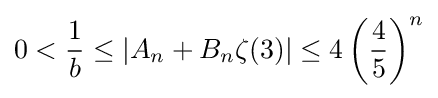
0<{\frac {1}{b}}\leq \left|A_{n}+B_{n}\zeta (3)\right|\leq 4\left({\frac {4}{5}}\right)^{n}